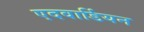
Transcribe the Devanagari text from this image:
एदवार्डियन